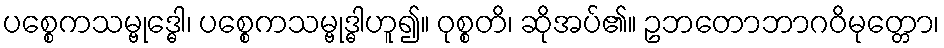
ပစ္စေကသမ္ဗုဒ္ဓေါ၊ ပစ္စေကသမ္ဗုဒ္ဓါဟူ၍။ ဝုစ္စတိ၊ ဆိုအပ်၏။ ဥဘတောဘာဂဝိမုတ္တော၊